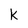
Character: k